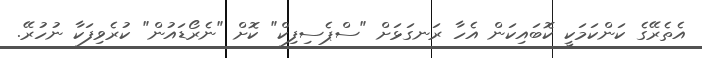
އެތެރޭގެ ކަންކަމަކީ ކޮބައިކަން އެހާ ރަނގަޅަށް "ސްޕެސިފިކް" ކޮށް "ނެރޯޑައުން" ކުރެވިފަކާ ނުހުރޭ.